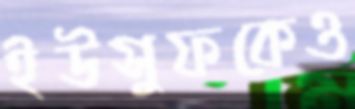
ইউসুফকেও